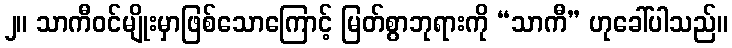
၂။ သာကီဝင်မျိုးမှာဖြစ်သောကြောင့် မြတ်စွာဘုရားကို “သာကီ” ဟုခေါ်ပါသည်။